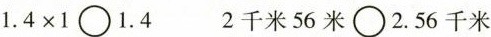
$$1 . 4 \times 1 \bigcirc 1 . 4$$ 2千米56米\bigcirc 2.56千米